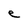
Character: e